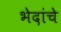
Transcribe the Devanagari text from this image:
भेदांचे